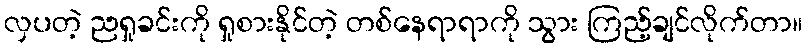
လှပတဲ့ ညရှုခင်းကို ရှုစားနိုင်တဲ့ တစ်နေရာရာကို သွား ကြည့်ချင်လိုက်တာ။